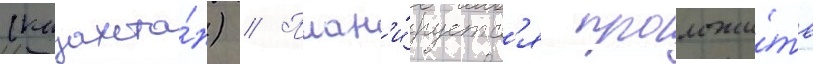
(казахста́н) // План'и́руетс'я проложи́ть